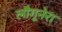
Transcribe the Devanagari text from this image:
लौगूनेरा